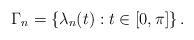
LaTeX: \begin{align*}\Gamma_{n}=\left\{ \lambda_{n}(t):t\in\lbrack0,\pi]\right\} .\end{align*}